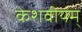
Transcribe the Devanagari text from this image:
केशवीयम्